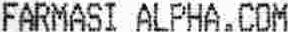
FARMASI ALPHA.COM